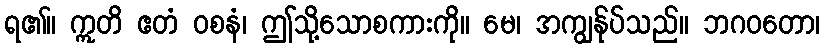
ရ၏။ ဣတိ ဧတံ ဝစနံ၊ ဤသို့သောစကားကို။ မေ၊ အကျွန်ုပ်သည်။ ဘဂဝတော၊